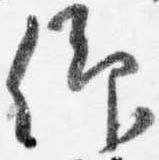
仰